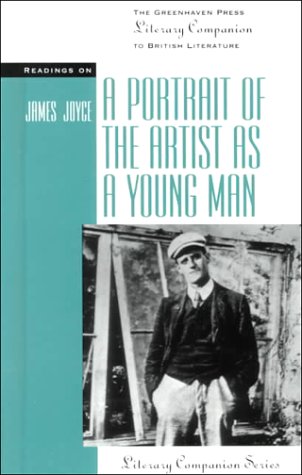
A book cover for Readings on: A Portrait Of The Artist As A Young Man (Literary Companions to British Literature); James Joyce; Teen & Young Adult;